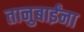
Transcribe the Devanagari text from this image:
तानुबाईंना